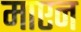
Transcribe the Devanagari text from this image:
माएन